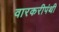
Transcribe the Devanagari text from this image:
वारकरीपंथी